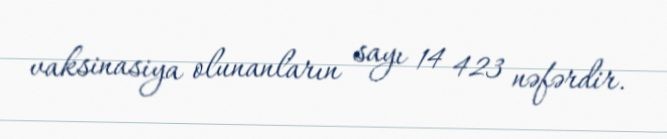
vaksinasiya olunanların sayı 14 423 nəfərdir.